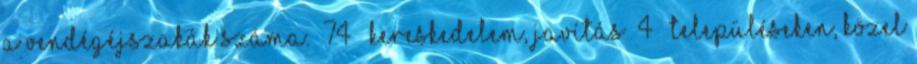
a vendégéjszakák száma.” 74 ▪„Kereskedelem, javítás” 4 ▪„Településeken, közel